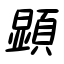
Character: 顕